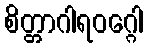
စိတ္တာဂါရဝဂ္ဂေါ